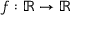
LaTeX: f : \mathbb { R } \to \mathbb { R }